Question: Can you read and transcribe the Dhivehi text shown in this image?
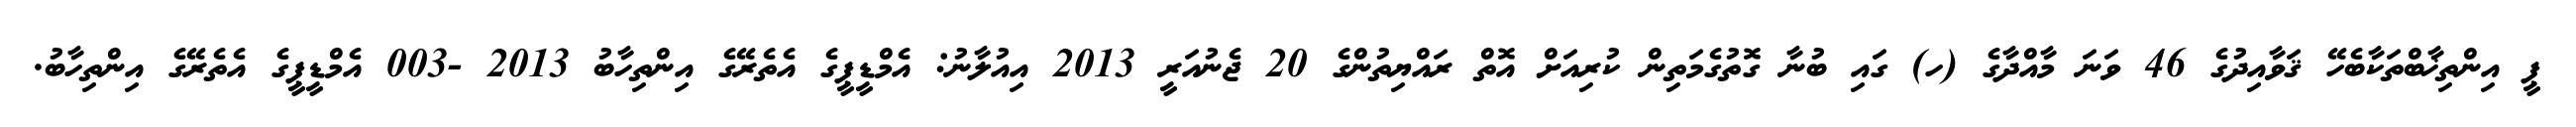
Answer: ޕީ އިންތިޚާބްތަކާބެހޭ ޤަވާއިދުގެ 46 ވަނަ މާއްދާގެ (ހ) ގައި ބުނާ ގޮތުގެމަތިން ކުރިއަށް އޮތް ރައްޔިތުންގެ 20 ޖެނުއަރީ 2013 އިއުލާނު: އެމްޑީޕީގެ އެތެރޭގެ އިންތިހާބު 2013 -003 އެމްޑީޕީގެ އެތެރޭގެ އިންތިހާބު.